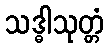
သဒ္ဓါသုတ္တံ